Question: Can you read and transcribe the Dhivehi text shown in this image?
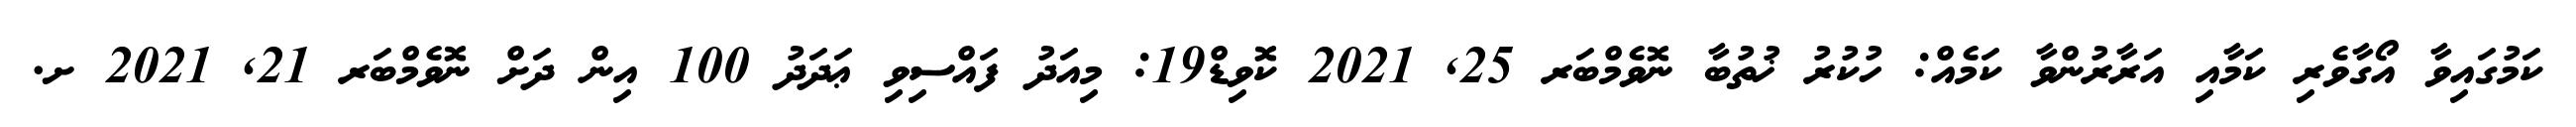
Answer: ކަމުގައިވާ އޯގާވެރި ކަމާއި އަރާރުންވާ ކަމެއް: ހުކުރު ޚުތުބާ ނޮވެމްބަރ 25, 2021 ކޮވިޑް19: މިއަދު ފައްސިވި ޢަދަދު 100 އިން ދަށް ނޮވެމްބަރ 21, 2021 ށ.